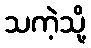
သကဲ့သို့